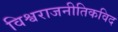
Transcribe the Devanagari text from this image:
विश्वराजनीतिकविद